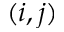
( i , j )